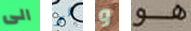
الى هو و هو